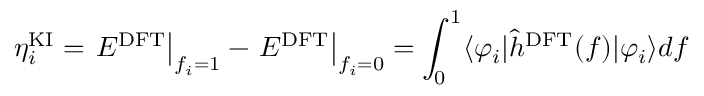
\eta _ { i } ^ { \mathrm { K I } } = \left. E ^ { \mathrm { D F T } } \right| _ { f _ { i } = 1 } - \left. E ^ { \mathrm { D F T } } \right| _ { f _ { i } = 0 } = \int _ { 0 } ^ { 1 } \langle \varphi _ { i } \vert \hat { h } ^ { \mathrm { D F T } } ( f ) \vert \varphi _ { i } \rangle d f